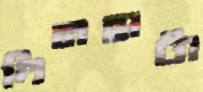
দিনহাটা